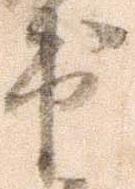
出